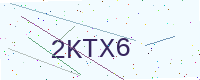
Text: 2KTX6